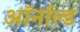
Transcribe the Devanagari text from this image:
ऑर्नाल्ड